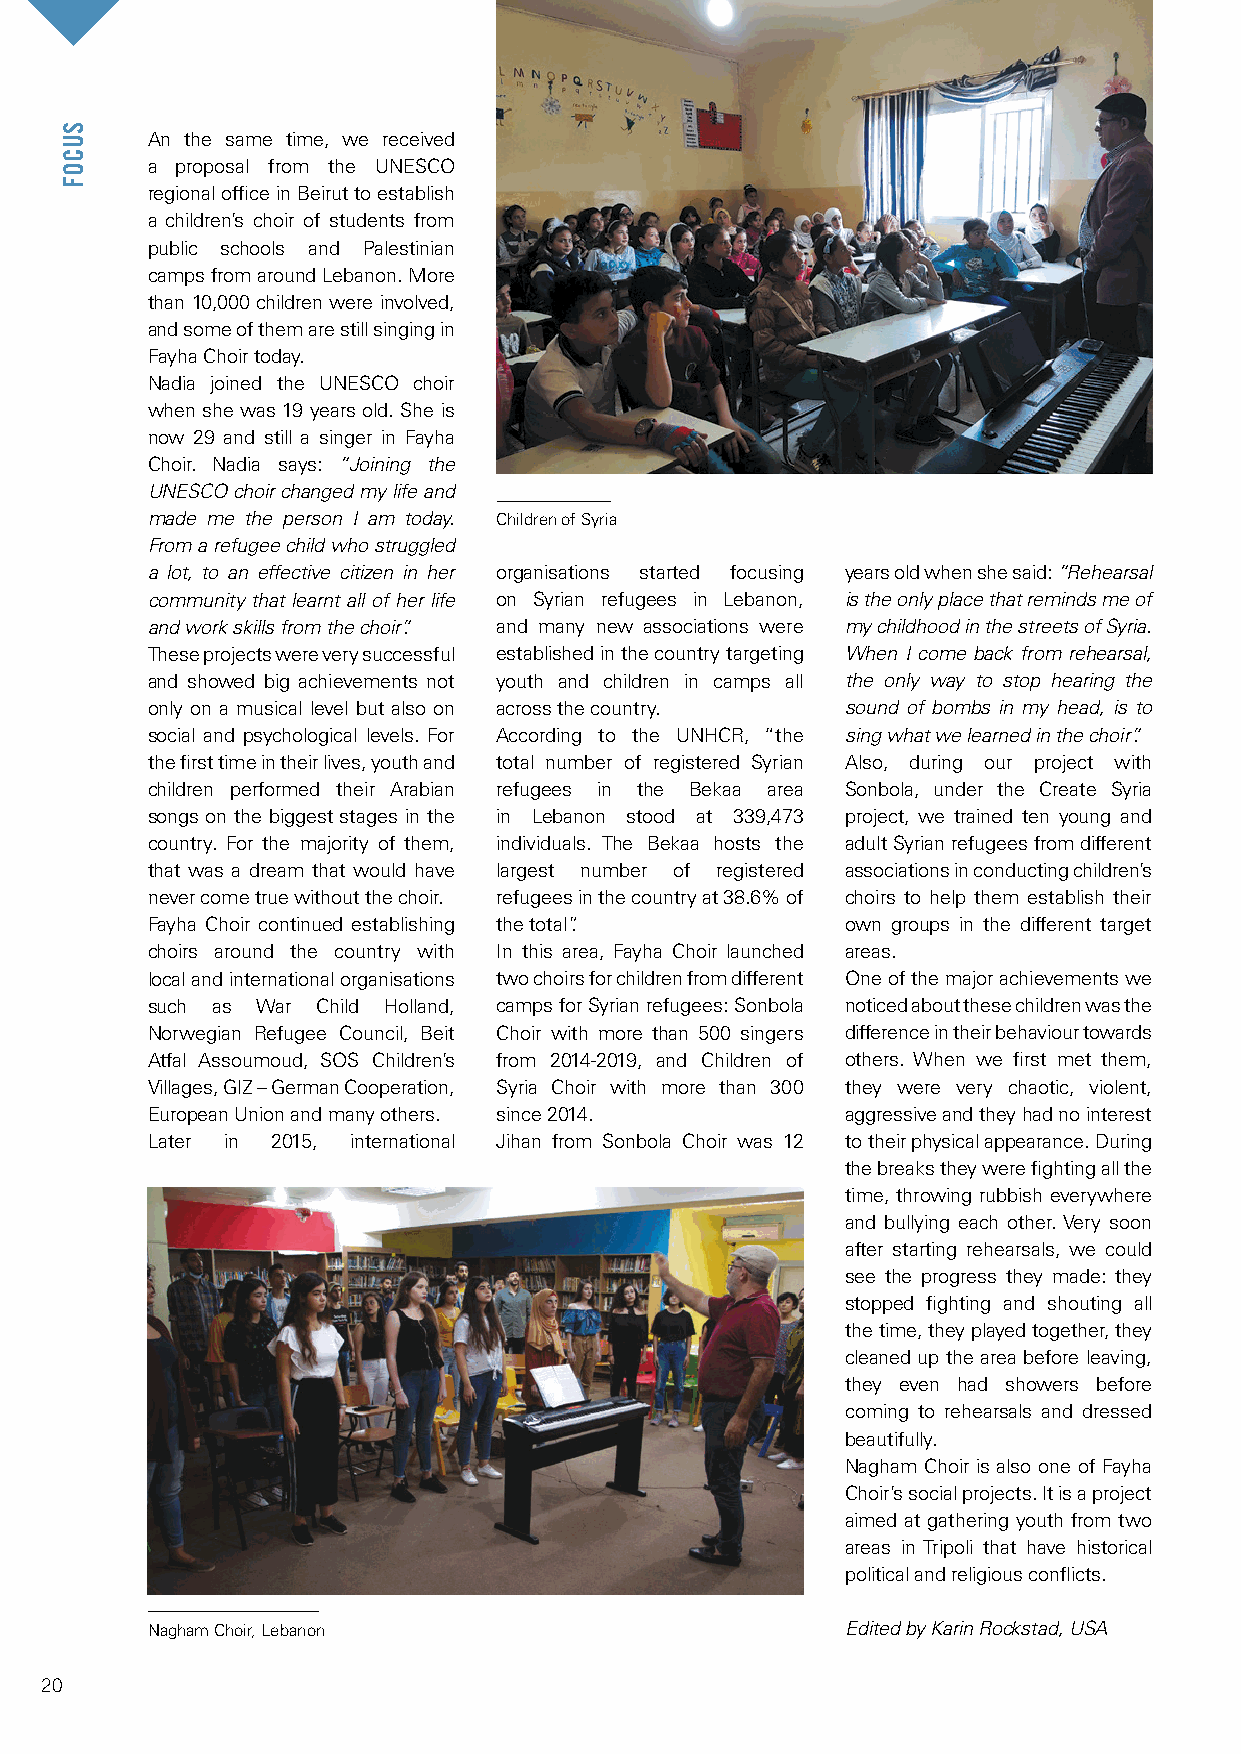
An the same time, we received
 a proposal from the UNESCO
 regional office in Beirut to establish
 a children’s choir of students from
 public schools and Palestinian
 camps from around Lebanon. More
 than 10,000 children were involved,
 and some of them are still singing in
 Fayha Choir today.
 Nadia joined the UNESCO choir
 when she was 19 years old. She is
 now 29 and still a singer in Fayha
 Choir. Nadia says: “Joining the
 UNESCO choir changed my life and
 made me the person I am today. Children of Syria
 From a refugee child who struggled
 a lot, to an effective citizen in her organisations started focusing years old when she said: “Rehearsal
 community that learnt all of her life on Syrian refugees in Lebanon, is the only place that reminds me of
 and work skills from the choir”. and many new associations were my childhood in the streets of Syria.
 These projects were very successful established in the country targeting When I come back from rehearsal,
 and showed big achievements not youth and children in camps all the only way to stop hearing the
 only on a musical level but also on across the country. sound of bombs in my head, is to
 social and psychological levels. For According to the UNHCR, “the sing what we learned in the choir”.
 the first time in their lives, youth and total number of registered Syrian Also, during our project with
 children performed their Arabian refugees in the Bekaa area Sonbola, under the Create Syria
 songs on the biggest stages in the in Lebanon stood at 339,473 project, we trained ten young and
 country. For the majority of them, individuals. The Bekaa hosts the adult Syrian refugees from different
 that was a dream that would have largest number of registered associations in conducting children’s
 never come true without the choir. refugees in the country at 38.6% of choirs to help them establish their
 Fayha Choir continued establishing the total”. own groups in the different target
 choirs around the country with In this area, Fayha Choir launched areas.
 local and international organisations two choirs for children from different One of the major achievements we
 such as War Child Holland, camps for Syrian refugees: Sonbola noticed about these children was the
 Norwegian Refugee Council, Beit Choir with more than 500 singers difference in their behaviour towards
 Atfal Assoumoud, SOS Children’s from 2014-2019, and Children of others. When we first met them,
 Villages, GIZ – German Cooperation, Syria Choir with more than 300 they were very chaotic, violent,
 European Union and many others. since 2014.   aggressive and they had no interest
 Later in 2015, international Jihan from Sonbola Choir was 12 to their physical appearance. During
 the breaks they were fighting all the
 time, throwing rubbish everywhere
 and bullying each other. Very soon
 after starting rehearsals, we could
 see the progress they made: they
 stopped fighting and shouting all
 the time, they played together, they
 cleaned up the area before leaving,
 they even had showers before
 coming to rehearsals and dressed
 beautifully.
 Nagham Choir is also one of Fayha
 Choir’s social projects. It is a project
 aimed at gathering youth from two
 areas in Tripoli that have historical
 political and religious conflicts.
 Nagham Choir, Lebanon                         Edited by Karin Rockstad, USA
 20
 SUCOF